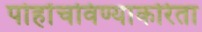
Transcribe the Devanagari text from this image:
पोहोंचविण्याकरिता